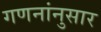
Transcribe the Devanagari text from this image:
गणनांनुसार